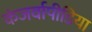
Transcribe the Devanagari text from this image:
कंजर्वापीडिया